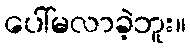
ပေါ်မလာခဲ့ဘူး။